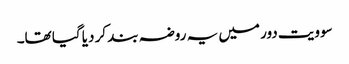
سوویت دور میں یہ روضہ بند کر دیا گیا تھا۔